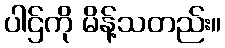
ပါဌ်ကို မိန့်သတည်း။